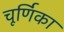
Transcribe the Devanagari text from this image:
चूर्णिका